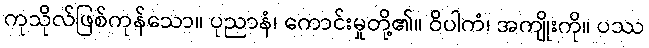
ကုသိုလ်ဖြစ်ကုန်သော။ ပုညာနံ၊ ကောင်းမှုတို့၏။ ဝိပါကံ၊ အကျိုးကို။ ပဿ